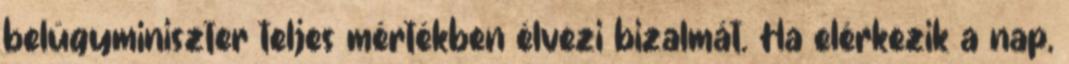
belügyminiszter teljes mértékben élvezi bizalmát. Ha elérkezik a nap,